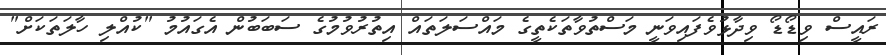
ރައީސް ވިޑޯޑޯ ވިދާޅުވެފައިވަނީ މަސްތުވާތަކެތީގެ މައްސަލަތައް އިތުރުވުމުގެ ސަބަބުން އެގައުމު "ކުއްލި ހާލަތަކަށް"